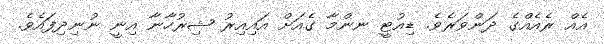
އެއް ރެއެއްގެ ދަންވަރެވެ. ޑިއުޓީ ނންމާ ގެއަށް އައިއިރު ޝިރުހާނާ އިނީ ނުނިދިފައެވެ.